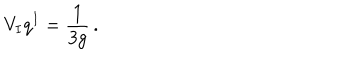
V _ { I } q ^ { I } = \frac { 1 } { 3 g } \, .